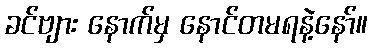
ခင်ဗျား နောက်မှ နောင်တမရနဲ့နော်။